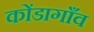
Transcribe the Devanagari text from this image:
कोंडागाँव